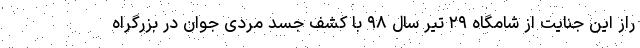
راز این جنایت از شامگاه ۲۹ تیر سال ۹۸ با کشف جسد مردی جوان در بزرگراه